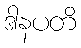
ဒါနပတိ